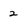
Character: 2